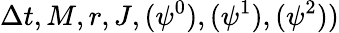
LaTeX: \Delta t,M,r,J,(\psi^{0}),(\psi^{1}),(\psi^{2}))